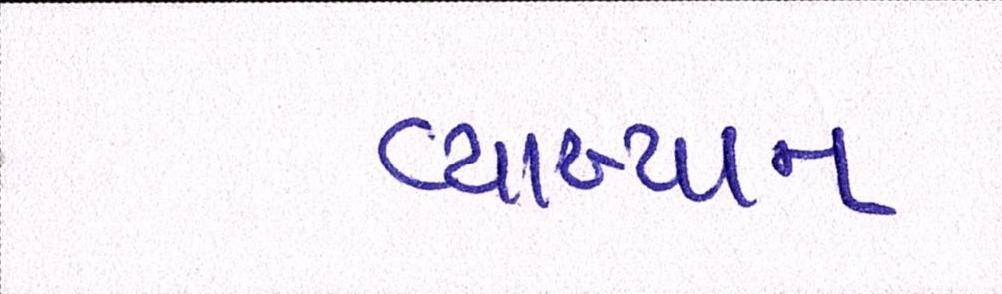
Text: વ્યાખ્યાન